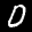
Label: 0